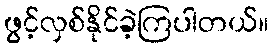
ဖွင့်လှစ်နိုင်ခဲ့ကြပါတယ်။